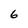
Character: 6